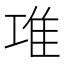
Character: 𨾊